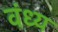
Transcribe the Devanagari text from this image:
वंध्य